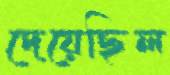
দেয়েছিল